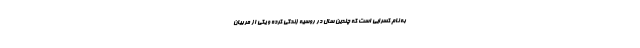
به نام کسرایی است که چندین سال در روسیه زندگی کرده و یکی از مربیان